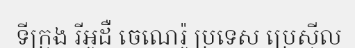
ទីក្រុង រីអូដឺ ចេណេរ៉ូ ប្រទេស ប្រេស៊ីល